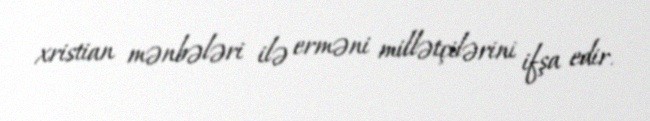
xristian mənbələri ilə erməni millətçilərini ifşa edir.